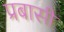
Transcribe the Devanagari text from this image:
प्रबासी